Notes on vaccination in the North-West Frontier Province 1923-1928 - 1923-1928
Year: 1923
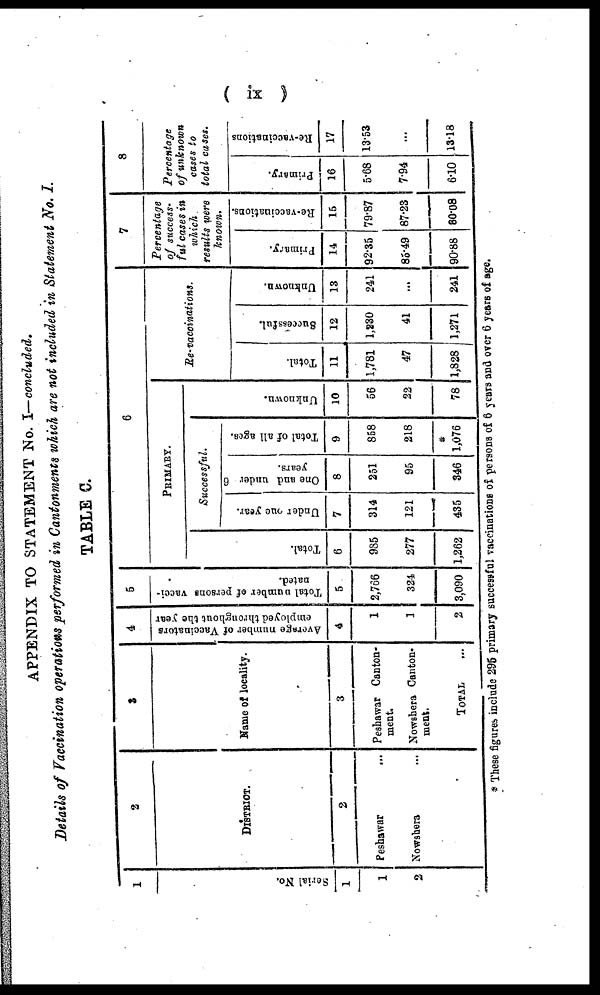
( ix )
APPENDIX TO STATEMENT No. I— concluded.
Details of Vaccination operations performed in Cantonments which are not included in Statement No. I.
TABLE C.
1
Serial No.
1
1
2
2
DISTRICT.
2
Peshawar ...
Nowshera ...
3
Name of locality.
3
Peshawar Canton-
ment.
Nowshera Canton-
ment.
TOTAL
...
4
Average number of Vaccinators
employed throughout the year
4
1
1
2
5
Total number of persons vacci-
nated.
5
2,766
324
3,090
6
PRIMARY.
Total.
6
985
277
1,262
Successful.
Under one year.
7
314
121
435
One and under 6
years.
8
251
95
346
Total of all ages.
9
858
218
*
1,076
Unknown.
10
56
22
78
Re-vaccinations.
Total.
11
1,781
47
1,828
Successful.
12
1,230
41
1,271
Unknown.
13
241
...
241
7
Percentage
of success¬
ful cases in
which
results were
known.
Primary.
14
92.35
85.49
90.88
Re-vaccinations.
15
79.87
87.23
80.08
8
Percentage
of unknown
cases to
total cases.
Primary.
16
5.68
7.94
6.10
Re-vaccinations
17
13.53
...
13.13
* These figures include 295 primary successful vaccinations of persons of 6 yesrs and over 6 years of age.